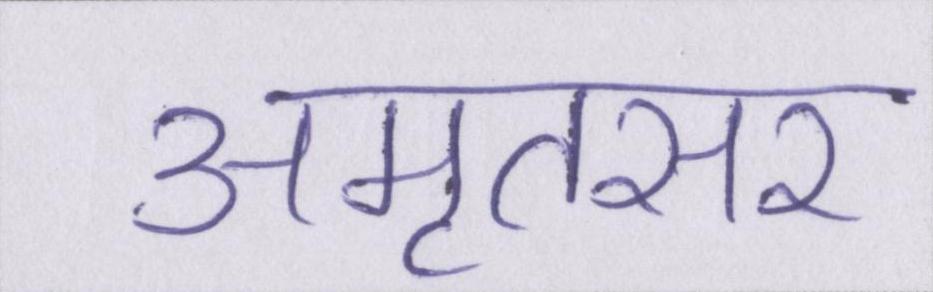
अमृतसर